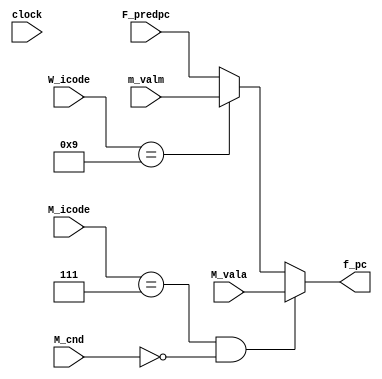
module select_pc(
    input clock,M_cnd,
    input [3:0] M_icode,W_icode,
    input [63:0] M_vala,m_valm,F_predpc,
    output reg [63:0] f_pc
);

initial begin
    f_pc=0;
end

always@(*)
begin
    if(M_icode==4'd7 && M_cnd!=1)
        f_pc=M_vala;
    else if(W_icode==4'd9)
        f_pc=m_valm;
    else 
        f_pc=F_predpc;
end

endmodule